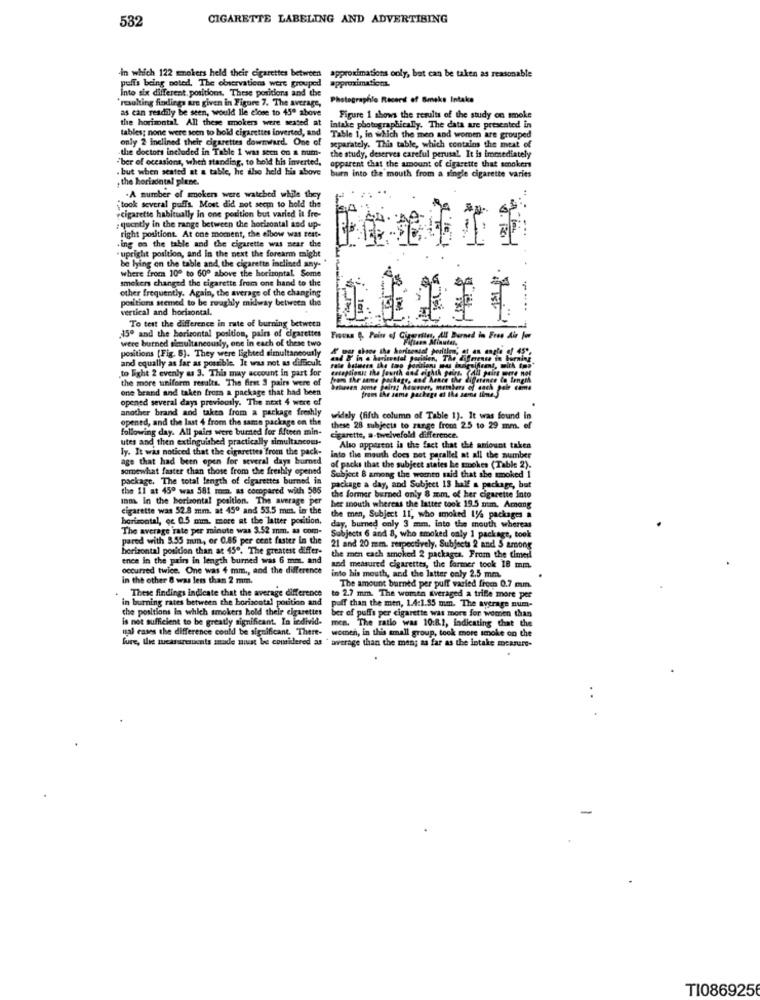
532
CIGARETTE LABELING AND ADVERTISING
-in which 122 smokers held their cigarettes between approximations only, but can be taken as reasonable
puffs being noted. The observations were grouped
approximation.
Into six different positions. These poritions and the
'resulting findings are given in Figure 7. The average,
Photographie Record of Smoke Intake
as can readily be seen, would Ile close to 45ª above
the horizontal All these smokers were seated at
Figure 1 shows the results of the study on smoke
tables; none were seen to hold cigarettes inverted, and
intake photographically. The data are presented in
only 2 Inclined their cigarettes downward. One of
Table 1, in which the men and women are grouped
the doctors included in Table 1 was seen on a num-
separately. This table, which contains the meat of
"ber of occasions, when standing, to hold his Inverted,
apparent that the amount of cigarette that smokers
the study, deserves careful perusal. It is immediately
.but when seated at a table, he also held his above
, the horizontal plene.
burn into the mouth from a single cigarette varies
"took several puffs. Most did not seem to hold the
.A number of woken were watched while they
.cigarette habitually in one position but varied it fre-
; quently in the range between the horizontal and up-
4A
right positiont. At one moment, the elbow was test-
Ing on the table and the cigarette was near the
" upright position, and in the next the forearm might
be lying on the table and, the cigarette inclined any-
where from 10º to 60º above the horizontal. Some
smokers changed the cigarette from one hand to the
other frequently. Again, the average of the changing
positions seemed to be roughly midway between the
vertical and horizontal.
...
To test the difference in rate of burning between
15º and the horizontal position, pairs of cigarettes
were burned simultaneously, one in each of these two
Fiovan &. Pain of Gingalles, AS Burned in Free Ais For
positions [Fig. 8). They were lighted simultaneously
& ou shane the horizontot poritles; at an angle of 45".
and equally as far as possible. It was not as dificul
and F in & horizontal Juritien, The difrense in burning
to Eight 2 evenly as 3. This may account in part for
rale between the tap foririons mus ingsifcant, mirk top"
the more tuniform results. The first 3 pairs were of
frans the same package, and haare the difatinge in length
one brand and taken from a package that had been
Gelesen some Feiray Acsereer, members of dach pair came
fram ihr same package et the serne time.5
opened several days previously. The next 4 were ef
another brand and taken from a package freshly
opened, and the last 4 from the same package on the
widely (fifth column of Table 1). It was found in
following day. All pairs were burned for Afteen min-
subjects to range from 25 to 29 mm. of
utes and then extinguished practically simultaneous-
cigarette, a-twelvefold difference.
ly. It was noticed that the cigarettes from the pack-
Also apparent is the fact that the amount taken
age that had been open for several days burned
into the mouth does not parallel at all the number
somewhat faster than those from the freshly opened
of packs that the subject states he smokes (Table 2).
package. The total length of cigarettes burned in
Subject & among the women said that she smoked 1
the 11 at 45º was 581 min. as compared with 585
package a day, and Subject 13 half a package, but
Ihm. In the horizontal position. The average per
the former burned only 8 mm. of her cigarette into
cigarette was 52.8 mm. at 450 and 53.5 mm. in the
her mouth whereas the latter took 19.5 man. Among
horizontal, oc 0.5 mm. more at the latter position.
the men, Subject 11, who smoked 1% packages a
The average rate per minute was 3.52 mm. a com-
day, burned only 3 mm, into the mouth whereas
pared with 3.55 mm ., or 0.86 per cent faster in the
Subjects 6 and 8, who smoked only 1 package, took
horizontal position than at 45". The greatest differ-
21 and 20 mm. respectively. Subjects 2 and S among
ence in the pain in length burned was 6 mm. and
the men cach smoked 2 packages. From the timesl
occurred twice. One was 4 mm ., and the difference
and measured cigarettes, the former took 18 mm.
in the other 8 was less than 2 mm.
into his mouth, and the latter only 2.5 mm.
These findings indicate that the average difference
The amount burned per puff varied from 0.7 mm
in burning rates between the horisontal position and
to 2.7 mm. The women averaged a trifle more per
the positions in which smokers hold their cigarettes
ber of puffs per cigarette was more for women than
puff than the men, 1.4:1.95 mm. The average num-
is not sufficient to be greatly significant. In ledivid-
men. The ratio was 10:8.2, indicating that the
mal cases the difference could be significant. There-
women, in this small group, took more smoke on the
fure, the measurements anade must be comidered as " average than the man; as far as the intake meanare-
..
TI086925